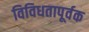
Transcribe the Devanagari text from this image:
विविधतापूर्वक